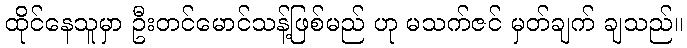
ထိုင်နေသူမှာ ဦးတင်မောင်သန့်ဖြစ်မည် ဟု မသက်ဇင် မှတ်ချက် ချသည်။